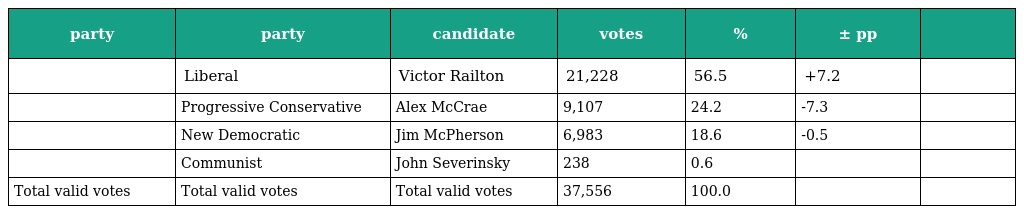
| party | party | candidate | votes | % | ± pp |  |
 | --- | --- | --- | --- | --- | --- | --- |
 |  | Liberal | Victor Railton | 21,228 | 56.5 | +7.2 |  |
 |  | Progressive Conservative | Alex McCrae | 9,107 | 24.2 | -7.3 |  |
 |  | New Democratic | Jim McPherson | 6,983 | 18.6 | -0.5 |  |
 |  | Communist | John Severinsky | 238 | 0.6 |  |  |
 | Total valid votes | Total valid votes | Total valid votes | 37,556 | 100.0 |  |  |